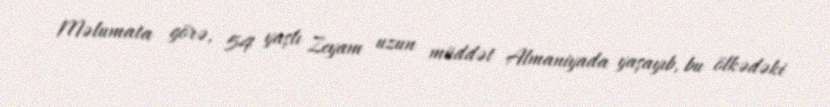
Məlumata görə, 54 yaşlı Zeyam uzun müddət Almaniyada yaşayıb, bu ölkədəki